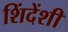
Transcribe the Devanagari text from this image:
शिंदेंशी